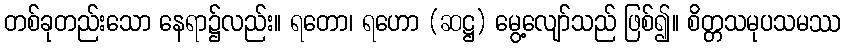
တစ်ခုတည်းသော နေရာ၌လည်း။ ရတော၊ ရဟော (ဆဋ္ဌ) မွေ့လျော်သည် ဖြစ်၍။ စိတ္တသမုပသမဿ